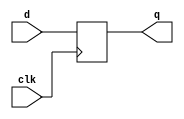
/*
Copyright (c) 2015 Princeton University
All rights reserved.

Redistribution and use in source and binary forms, with or without
modification, are permitted provided that the following conditions are met:
    * Redistributions of source code must retain the above copyright
      notice, this list of conditions and the following disclaimer.
    * Redistributions in binary form must reproduce the above copyright
      notice, this list of conditions and the following disclaimer in the
      documentation and/or other materials provided with the distribution.
    * Neither the name of Princeton University nor the
      names of its contributors may be used to endorse or promote products
      derived from this software without specific prior written permission.

THIS SOFTWARE IS PROVIDED BY PRINCETON UNIVERSITY "AS IS" AND
ANY EXPRESS OR IMPLIED WARRANTIES, INCLUDING, BUT NOT LIMITED TO, THE IMPLIED
WARRANTIES OF MERCHANTABILITY AND FITNESS FOR A PARTICULAR PURPOSE ARE
DISCLAIMED. IN NO EVENT SHALL PRINCETON UNIVERSITY BE LIABLE FOR ANY
DIRECT, INDIRECT, INCIDENTAL, SPECIAL, EXEMPLARY, OR CONSEQUENTIAL DAMAGES
(INCLUDING, BUT NOT LIMITED TO, PROCUREMENT OF SUBSTITUTE GOODS OR SERVICES;
LOSS OF USE, DATA, OR PROFITS; OR BUSINESS INTERRUPTION) HOWEVER CAUSED AND
ON ANY THEORY OF LIABILITY, WHETHER IN CONTRACT, STRICT LIABILITY, OR TORT
(INCLUDING NEGLIGENCE OR OTHERWISE) ARISING IN ANY WAY OUT OF THE USE OF THIS
SOFTWARE, EVEN IF ADVISED OF THE POSSIBILITY OF SUCH DAMAGE.
*/

// Just a simple D Flip Flip without a reset

module net_dff #(parameter WIDTH=8, parameter BHC=10) 
    (input wire [WIDTH-1:0] d, 
    output reg [WIDTH-1:0] q,
    input wire clk);

always @ (posedge clk)
begin
    q <= d;
end

endmodule